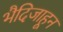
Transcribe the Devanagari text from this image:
भैदिजाहून